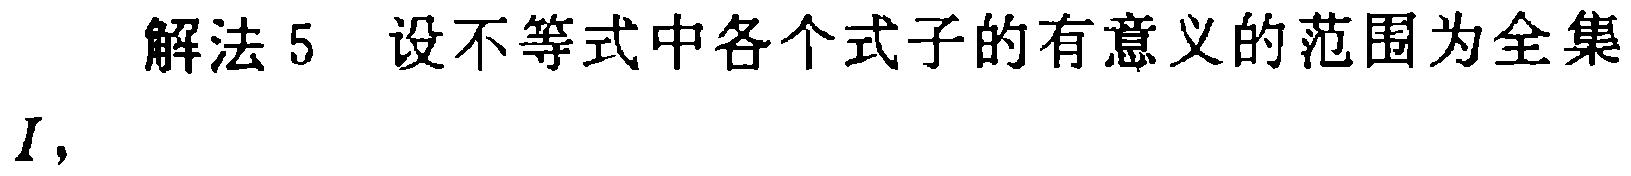
解法 5 设不等式中各个式子的有意义的范围为全集
$I,$